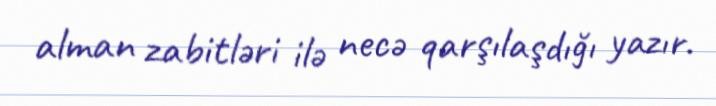
alman zabitləri ilə necə qarşılaşdığı yazır.